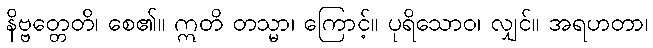
နိဗ္ဗတ္တေတိ၊ စေ၏။ ဣတိ တသ္မာ၊ ကြောင့်။ ပုရိသောဝ၊ လျှင်။ အရဟတာ၊